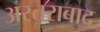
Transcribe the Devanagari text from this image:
अस्तराबाद